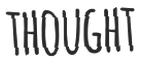
THOUGHT